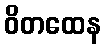
ဝိတထေန